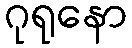
ဂုရုနော